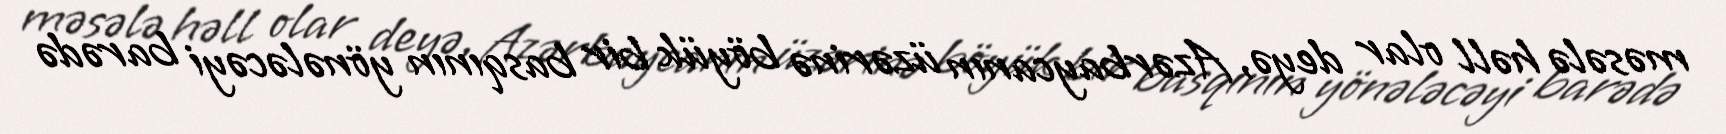
məsələ həll olar deyə, Azərbaycanın üzərinə böyük bir basqının yönələcəyi barədə